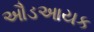
ઔડઆયક